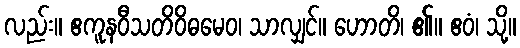
လည်း။ ဧကူနဝီသတိဝိဓမေဝ၊ သာလျှင်။ ဟောတိ၊ ၏။ ဧဝံ၊ သို့။